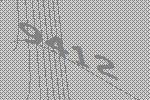
9412